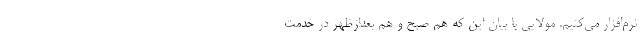
نرم‌افزار می‌کنیم. مولایی با بیان این که هم صبح و هم بعدازظهر در خدمت